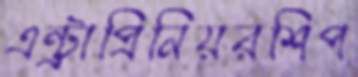
এন্ট্রাপ্রিনিয়রশিপ